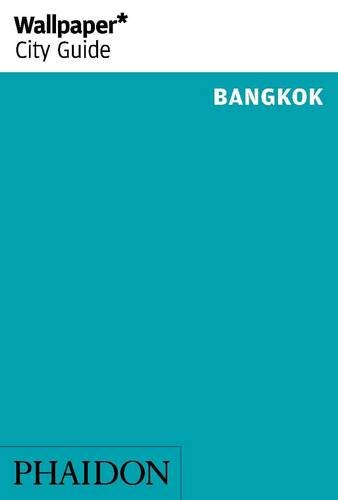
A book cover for Wallpaper* City Guide Bangkok  2014 (Wallpaper City Guides); Travel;